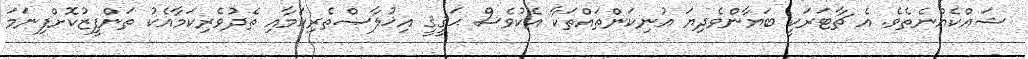
ޝައްކެއްނެތެވެ. އެ ޗާޓަރަކީ ބަޔާންވެދިޔަ އުނިކަންތައްތަކާ އެކުވެސް ޙަޤީޤީ އިޚުލާޞްތެރިކަމާއި ތެދުވެރިކަމާއެކު ތަންފީޒުކޮށްފިނަމަ